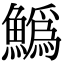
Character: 𩻟